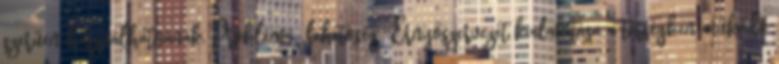
szerűen használhatnának. Probléma lehetőség ▪Ernyőszervezet kialakítása a térségben működő